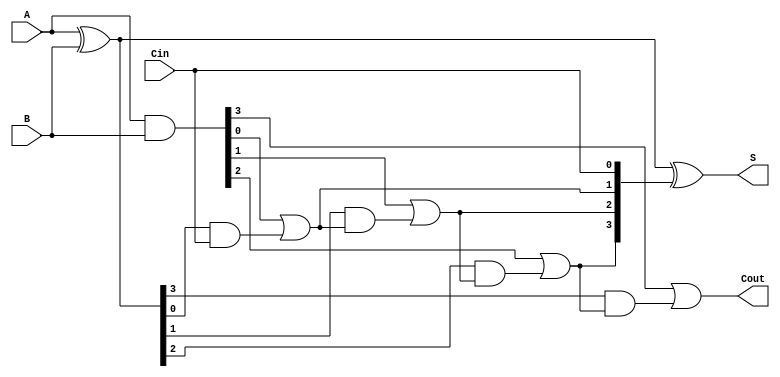
module RCLA #(parameter n = 4) (
    input  [n-1:0] A,      // n-bit input A
    input  [n-1:0] B,      // n-bit input B
    input         Cin,      // Carry-in
    output [n-1:0] S,      // n-bit sum output
    output        Cout      // Carry-out
);
    
    // Generate and Propagate signals
    wire [n-1:0] G;         // Generate signals
    wire [n-1:0] P;         // Propagate signals
    wire [n:0] C;           // Carry signals

    assign G = A & B;       // Gi = Ai AND Bi
    assign P = A ^ B;       // Pi = Ai XOR Bi

    // Carry generation
    assign C[0] = Cin;      // C0 = Cin
    genvar i;
    generate
        for (i = 0; i < n; i = i + 1) begin : carry_gen
            assign C[i+1] = G[i] | (P[i] & C[i]); // Ci+1 = Gi OR (Pi AND Ci)
        end
    endgenerate

    // Sum calculation
    assign S = P ^ C[n-1:0]; // Si = Ai XOR Bi XOR Ci

    // Carry-out
    assign Cout = C[n];      // Cout = Cn

endmodule